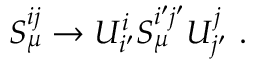
S _ { \mu } ^ { i j } \rightarrow U _ { i ^ { \prime } } ^ { i } S _ { \mu } ^ { i ^ { \prime } j ^ { \prime } } U _ { j ^ { \prime } } ^ { j } ~ .